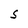
Character: S